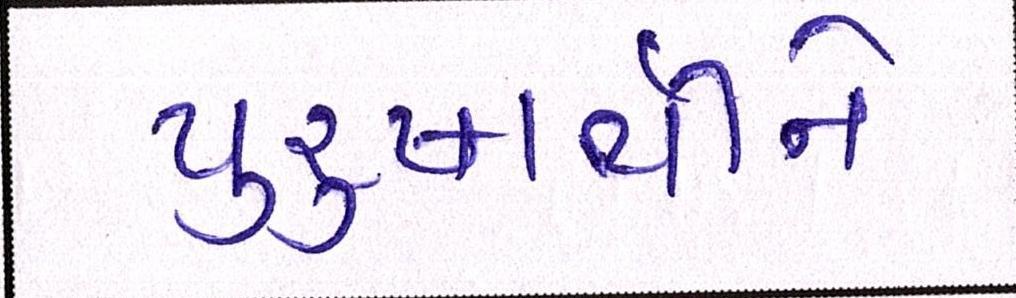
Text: પુરુષાર્થીને